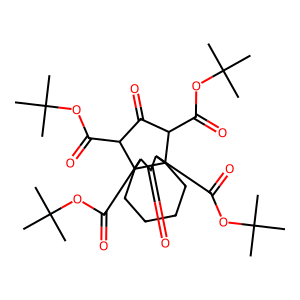
SMILES: CC(C)(C)OC(=O)C1C(=O)C(C(=O)OC(C)(C)C)C23CCCCC12C(C(=O)OC(C)(C)C)C(=O)C3C(=O)OC(C)(C)C
Inhibits HIV replication: No